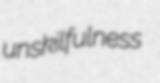
unskilfulness